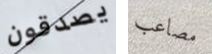
يصدقون مصاعب